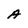
Character: A